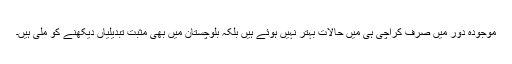
موجودہ دور میں صرف کراچی ہی میں حالات بہتر نہیں ہوئے ہیں بلکہ بلوچستان میں بھی مثبت تبدیلیاں دیکھنے کو ملی ہیں۔